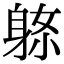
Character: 𨈼